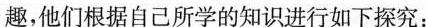
趣，他们根据自己所学的知识进行如下探究：